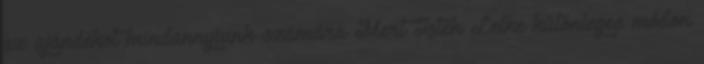
az ajándékot mindannyiunk számára Mert Isten Lelke különleges módon